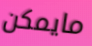
مايمكن